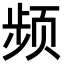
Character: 频